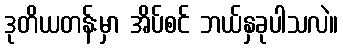
ဒုတိယတန်းမှာ အိပ်စင် ဘယ်နှခုပါသလဲ။